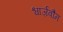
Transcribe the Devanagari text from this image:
श्वार्ज़बौम